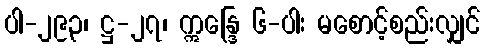
ပါ-၂၉၃၊ ဋ္ဌ-၂၇၊ ဣန္ဒြေ ၆-ပါး မစောင့်စည်းလျှင်